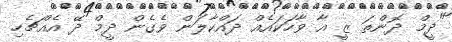
"ދީމް ދޮންތަ ޒީ އާ ވާހަކައެއް ދައްކާލަން ވެގެން ދީމް ދޭ އެއްޗެހި